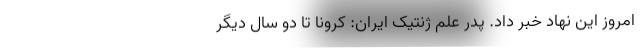
امروز این نهاد خبر داد. پدر علم ژنتیک ایران:‌ کرونا تا دو سال دیگر